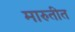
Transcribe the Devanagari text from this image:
मारुतीत